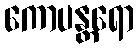
ကောပန္တရော